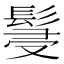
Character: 䯹